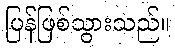
ပြန်ဖြစ်သွားသည်။